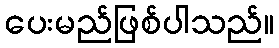
ပေးမည်ဖြစ်ပါသည်။